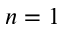
n = 1